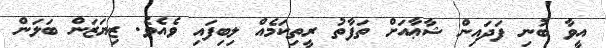
އީވާ ބުނި ފަދައިން ޝާޢާއަށް ތަފާތު ރީތިކަމެއް ލިބިފައި ވެއެވެ. ޒިޔަޒަން ބަލަން